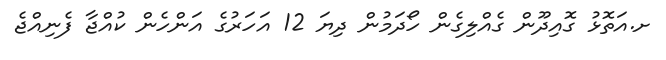
ށ.އަތޮޅު ގޮއިދޫން ގެއްލިގެން ހޯދަމުން ދިޔަ 12 އަހަރުގެ އަންހެން ކުއްޖާ ފެނިއްޖެ